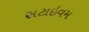
સટાઇવમ